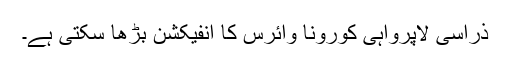
ذراسی لاپرواہی کورونا وائرس کا انفیکشن بڑھا سکتی ہے۔